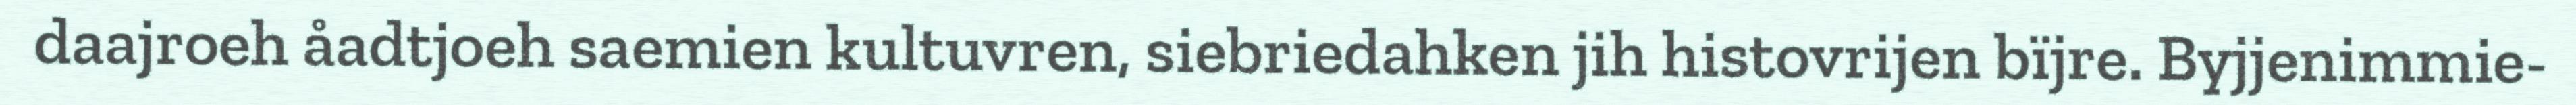
daajroeh åadtjoeh saemien kultuvren, siebriedahken jih histovrijen bïjre. Byjjenimmie-